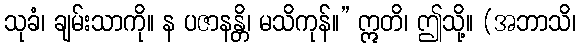
သုခံ၊ ချမ်းသာကို။ န ပဇာနန္တိ၊ မသိကုန်။” ဣတိ၊ ဤသို့။ (အဘာသိ၊